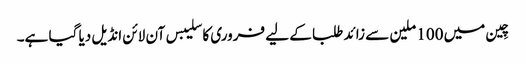
چِین میں 100 ملین سے زائد طلبا کے لیے فروری کا سلیبس آن لائن انڈیل دیا گیا ہے۔